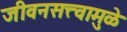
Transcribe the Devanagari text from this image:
जीवनसत्त्वामुळे